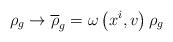
LaTeX: \begin{align*}\rho_{g}\rightarrow \overline{\rho }_{g}=\omega \left( x^{i},v\right) \rho _{g}\end{align*}